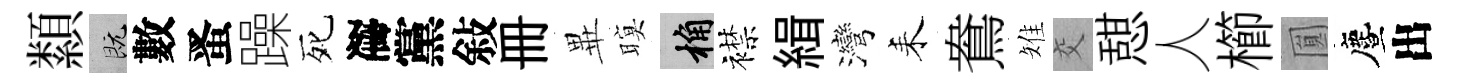
纇既數󱉠躁死序黨敍册𭺾暝桷襟緝灣耒鴦雉交憇人櫛圎󵨌出